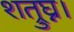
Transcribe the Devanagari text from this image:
शत्रुघ्न।